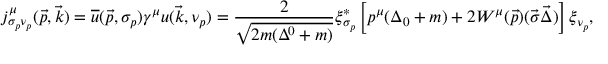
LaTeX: j _ { \sigma _ { p } \nu _ { p } } ^ { \mu } ( \vec { p } , \vec { k } ) = \overline { { { u } } } ( \vec { p } , \sigma _ { p } ) \gamma ^ { \mu } u ( \vec { k } , \nu _ { p } ) = \frac { 2 } { \sqrt { 2 m ( \Delta ^ { 0 } + m ) } } \xi _ { \sigma _ { p } } ^ { * } \left[ p ^ { \mu } ( \Delta _ { 0 } + m ) + 2 W ^ { \mu } ( \vec { p } ) ( \vec { \sigma } \vec { \Delta } ) \right] \xi _ { \nu _ { p } } ,